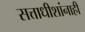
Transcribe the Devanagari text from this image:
सत्ताधीशांनाही